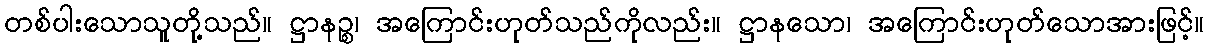
တစ်ပါးသောသူတို့သည်။ ဋ္ဌာနဉ္စ၊ အကြောင်းဟုတ်သည်ကိုလည်း။ ဋ္ဌာနသော၊ အကြောင်းဟုတ်သောအားဖြင့်။